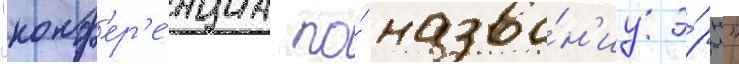
"конф'ер'е́нциа по́ назва́н'иу э́ры"